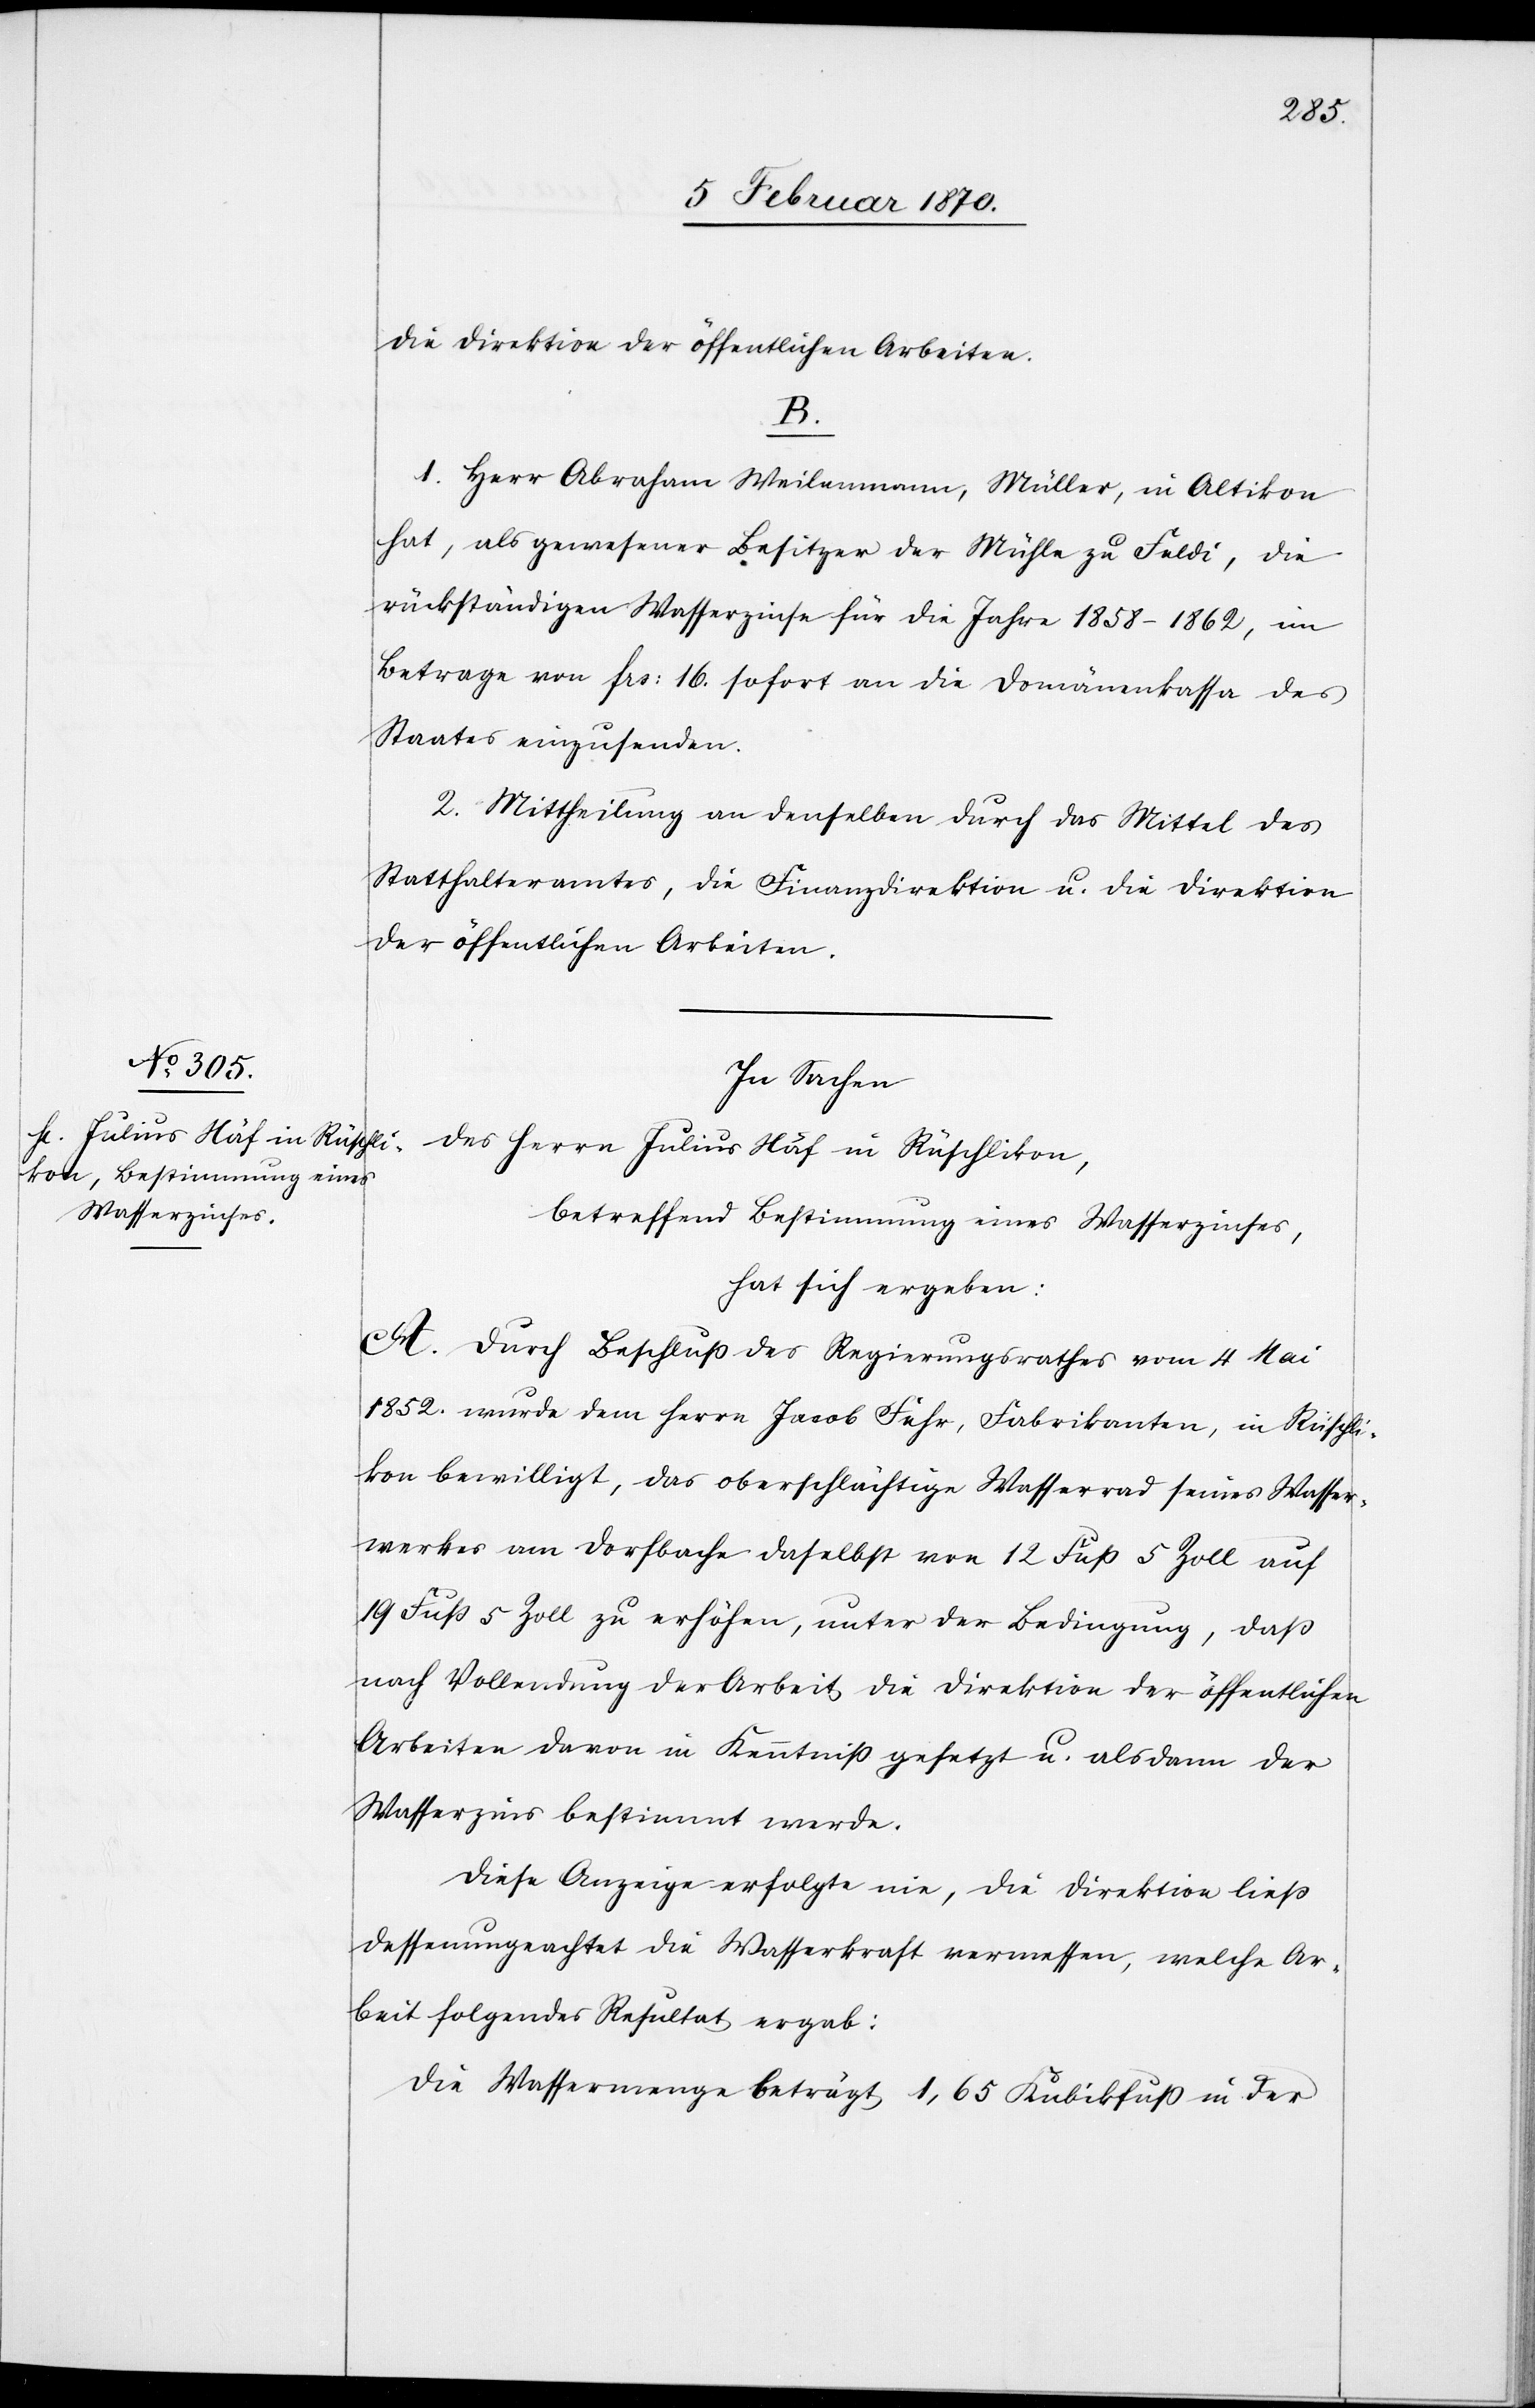
die Direktion der öffentlichen Arbeiten.
B.
1. Herr Abraham Weilenmann, Müller, in Altikon
hat, als gewesener Besitzer der Mühle zu Feldi, die
rückständigen Wasserzinse für die Jahre 1858–1862, im
Betrage von frs: 16. sofort an die Domänenkasse des
Staates einzusenden.
2 Mittheilung an denselben durch das Mittel des
Statthalteramtes, die Finanzdirektion u. die Direktion
der öffentlichen Arbeiten.
In Sachen
des Herrn Julius Näf in Rüschlikon,
betreffend Bestimmung eines Wasserzinses,
hat sich ergeben:
A. Durch Beschluss des Regierungsrathes vom 4 Mai
1852. wurde dem Herrn Jacob Fehr, Fabrikanten, in Rüschli¬
kon bewilligt, das oberschlächtige Wasserrad seines Wasser¬
werkes am Dorfbache daselbst von 12 Fuss 5 Zoll auf
19 Fuss 5 Zoll zu erhöhen, unter der Bedingung, daß
nach Vollendung der Arbeit die Direktion der öffentlichen
Arbeiten davon in Kenntniss gesetzt u. alsdann der
Wasserzins bestimmt werde.
Diese Anzeige erfolge nie, die Direktion liess
dessenungeachtet die Wasserkraft vermessen, welche Ar¬
beit folgendes Resultat ergab:
Die Wassermenge beträgt 1,65 Kubikfuss in der